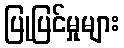
ပြုပြင်မှုများ